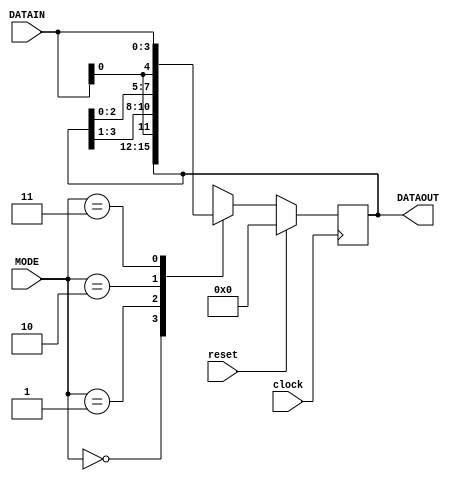
module juniversalShiftRegister(DATAOUT, clock, reset, MODE, DATAIN);
  output reg [3:0] DATAOUT;
  input clock, reset;
  input [1:0] MODE;
  input [3:0] DATAIN;
  
  always @(posedge clock)
  begin
    if(reset)
      DATAOUT <= 0;
    else
      begin
        case(MODE)
          2'b00 : DATAOUT <= DATAOUT;      // locked mode, do nothing
          2'b01 : DATAOUT <= {DATAIN[0], DATAOUT[3:1]};//DATAOUT >> 1; // RFSR
          2'b10 : DATAOUT <= {DATAOUT[2:0], DATAIN[0]};//DATAOUT << 1; // LFSR
          2'b11 : DATAOUT <= DATAIN;       // parallel in parallel out
        endcase
      end
  end
  
endmodule